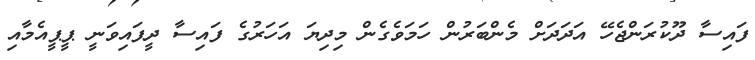
ފައިސާ ދޫކުރަންޖެހޭ އަދަދަށް މެންބަރުން ހަމަވެގެން މިދިޔަ އަހަރުގެ ފައިސާ ދީފައިވަނީ ޕީޕީއެމާއި